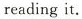
reading it.